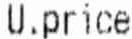
U.PRICE